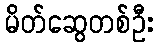
မိတ်ဆွေတစ်ဦး